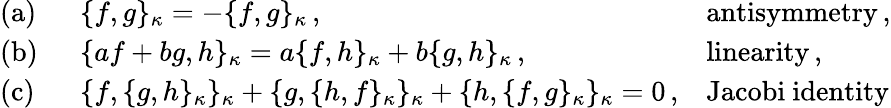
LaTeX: \begin{array}{lll}{{\mathrm{(a)~~}}}&{{\{ f,g\} _{\kappa}=-\{ f,g\} _{\kappa}\, ,}}&{{\mathrm{antisymmetry\, ,}}}\\ {{\mathrm{(b)~~}}}&{{\{ af+bg,h\} _{\kappa}=a\{ f,h\} _{\kappa}+b\{ g,h\} _{\kappa}\, ,~~~}}&{{\mathrm{linearity\, ,}}}\\ {{\mathrm{(c)~~}}}&{{\{ f,\{ g,h\} _{\kappa}\} _{\kappa}+\{ g,\{ h,f\} _{\kappa}\} _{\kappa}+\{ h,\{ f,g\} _{\kappa}\} _{\kappa}=0\, ,}}&{{\mathrm{Jacobi~identity}}}\end{array}